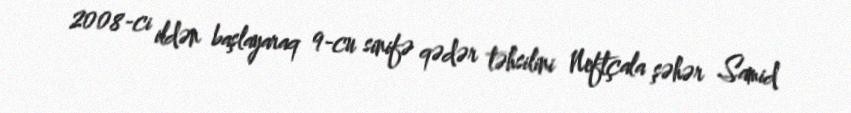
2008-ci ildən başlayaraq 9-cu sinifə qədər təhsilini Neftçala şəhər Samid